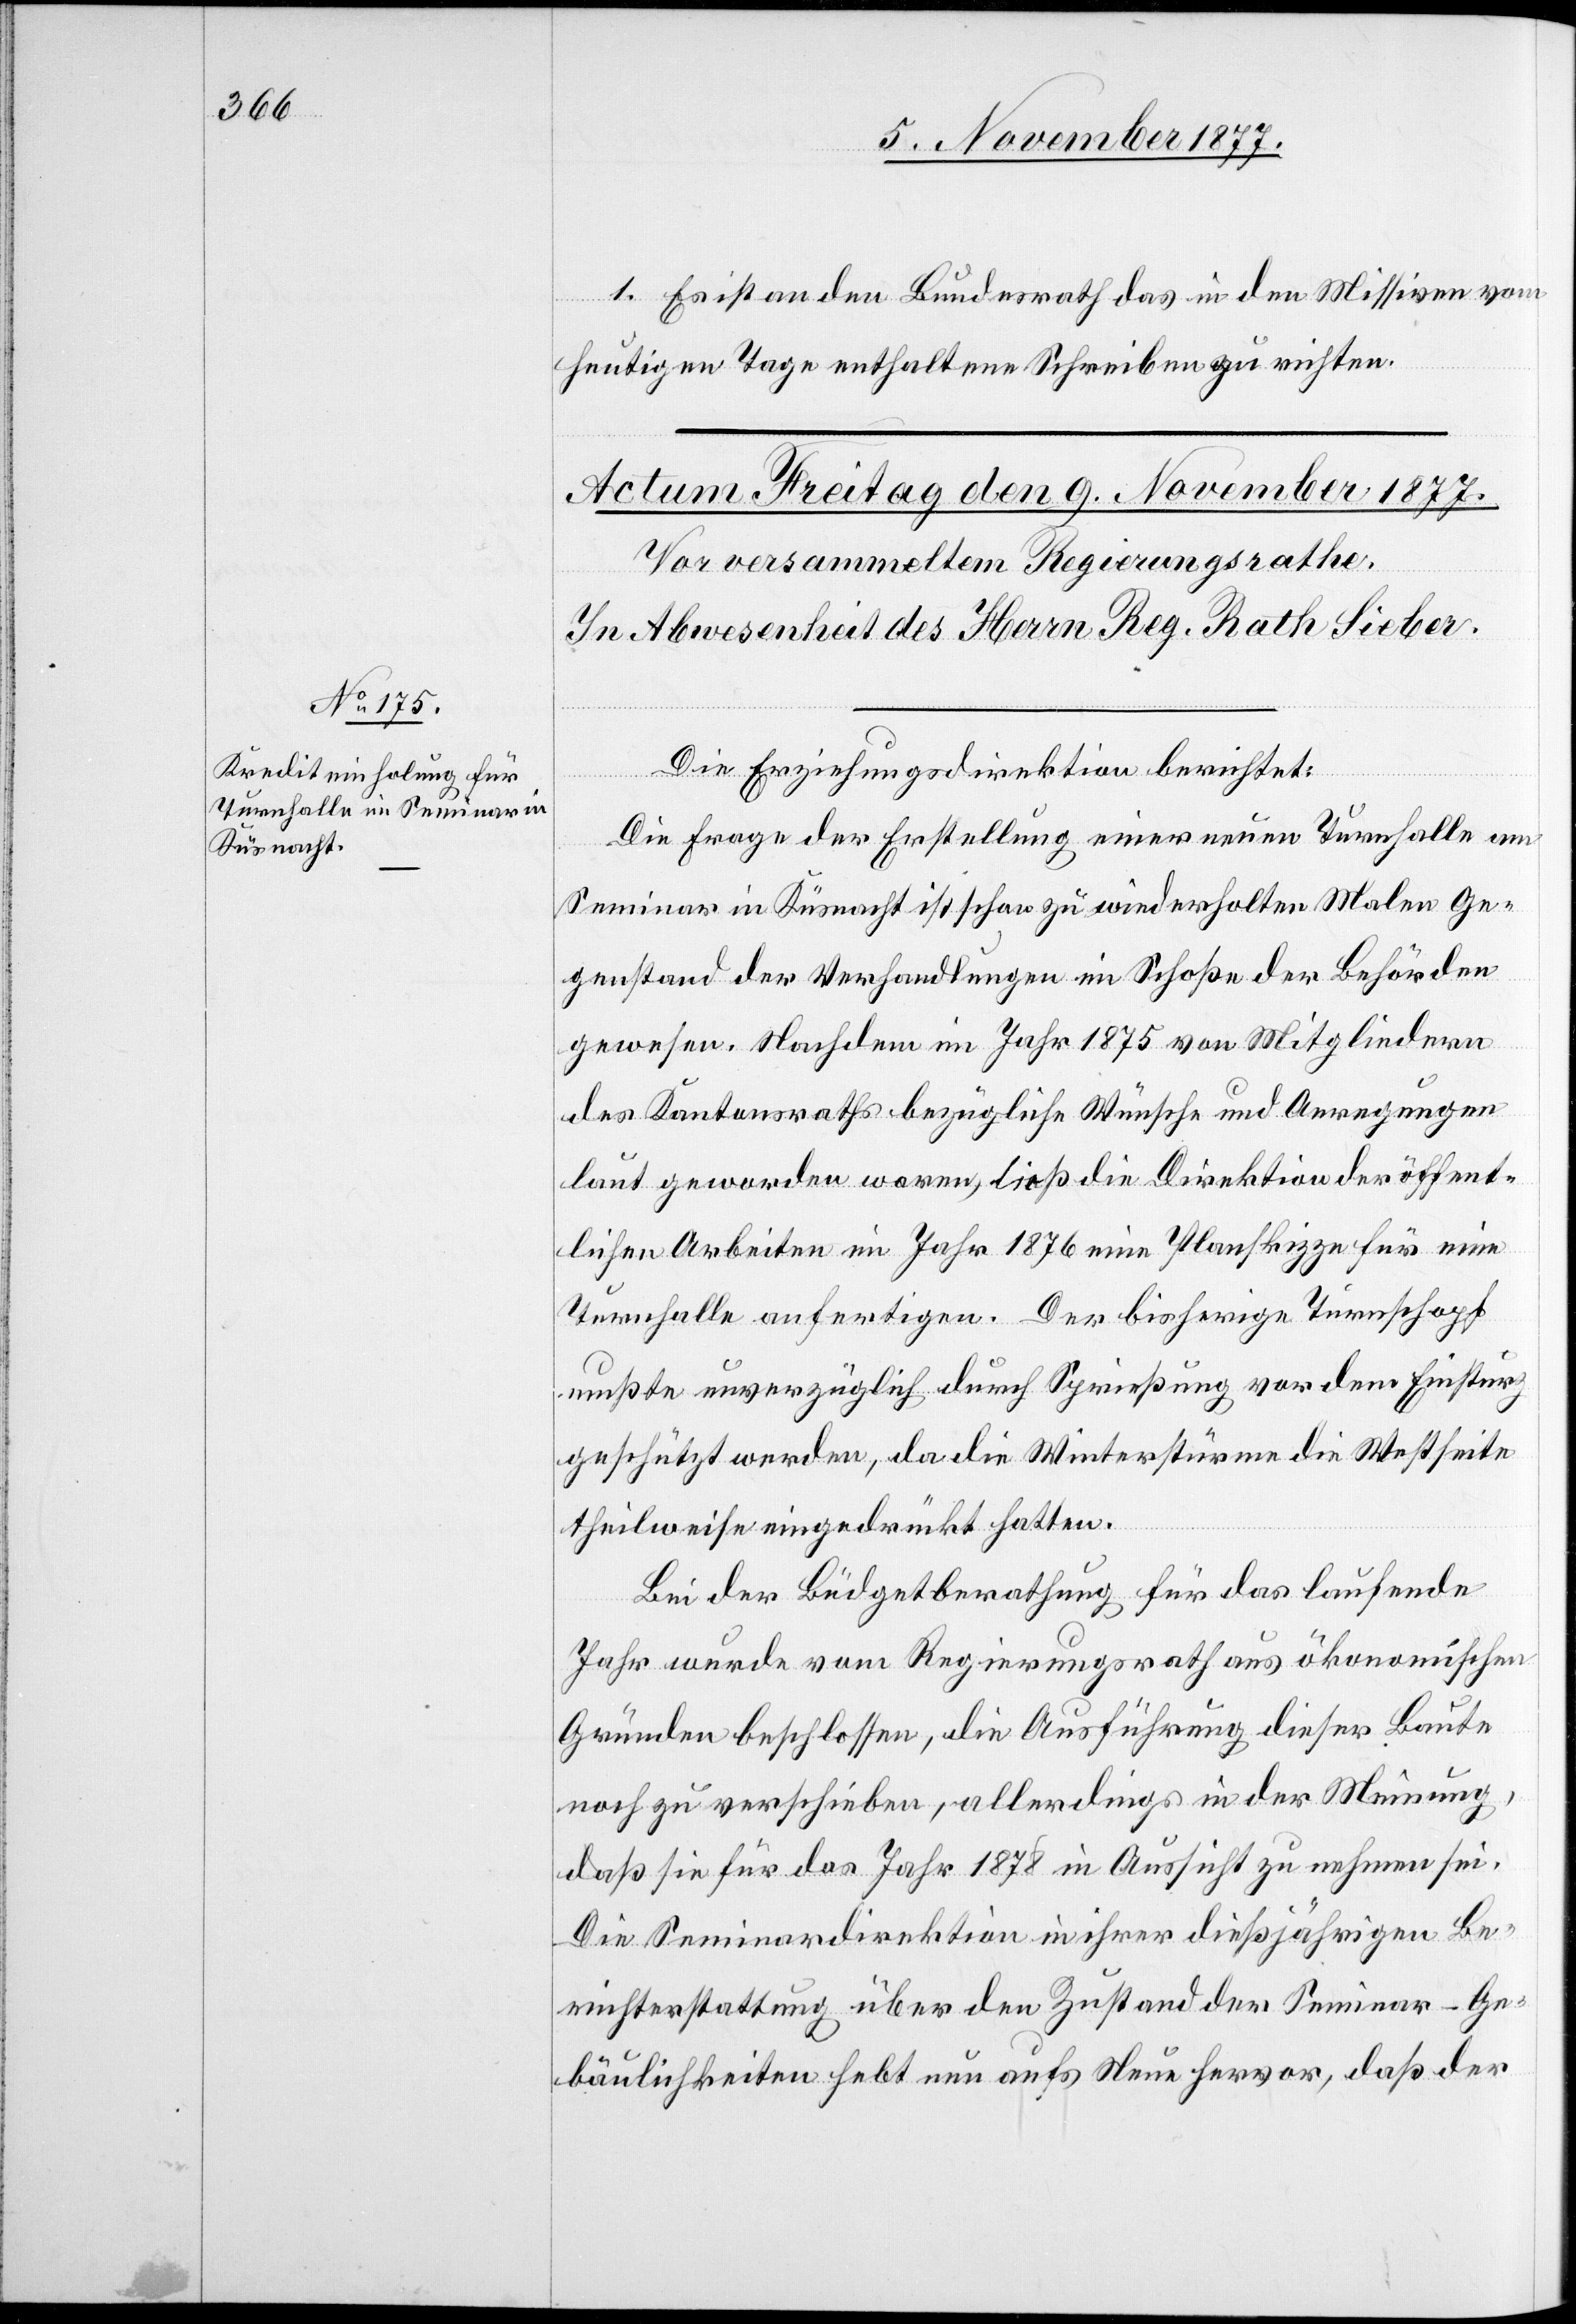
Es ist an den Bundesrath das in den Missiven vom
heutigen Tage enthaltene Schreiben zu richten.
Die Erziehungsdirektion berichtet:
Die Frage der Erstellung einer neuen Turnhalle am
Seminar in Küsnacht ist schon zu wiederholten Malen Ge¬
genstand der Verhandlungen im Schoße der Behörden
gewesen. Nachdem im Jahr 1875 von Mitgliedern
des Kantonsraths bezügliche Wünsche und Anregungen
laut geworden waren, ließ die Direktion der öffent¬
lichen Arbeiten im Jahr 1876 eine Planskizze für eine
Turnhalle anfertigen. Der bisherige Turnschopf
mußte unverzüglich durch Sprießung vor dem Einsturz
geschützt werden, da die Winterstürme die Westseite
theilweise eingedrückt hatten.
Bei der Büdgetberathung für das laufende
Jahr wurde vom Regierungsrath aus ökonomischen
Gründen beschlossen, die Ausführung dieser Baute
noch zu verschieben, allerdings in der Meinung,
daß sie für das Jahr 1878 in Aussicht zu nehmen sei.
Die Seminardirektion in ihrer dießjährigen Be¬
richterstattung über den Zustand der Seminar-Ge¬
bäulichkeiten hebt nun aufs Neue hervor, daß der